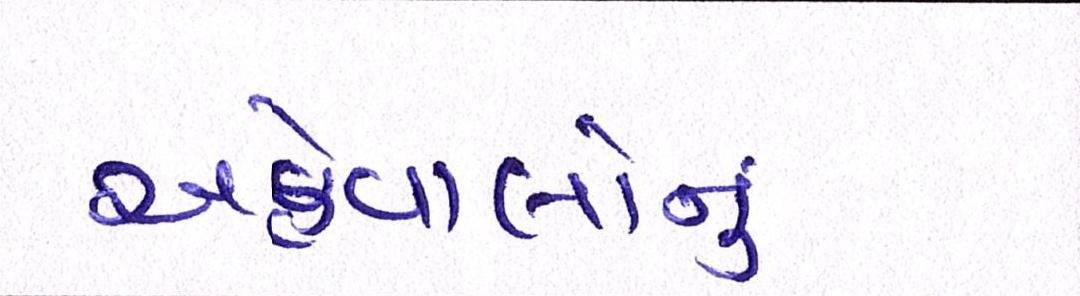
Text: અહેવાલોનું